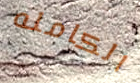
الكامله